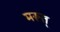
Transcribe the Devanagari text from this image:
मरूत्